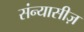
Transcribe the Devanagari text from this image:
संन्यासीज़